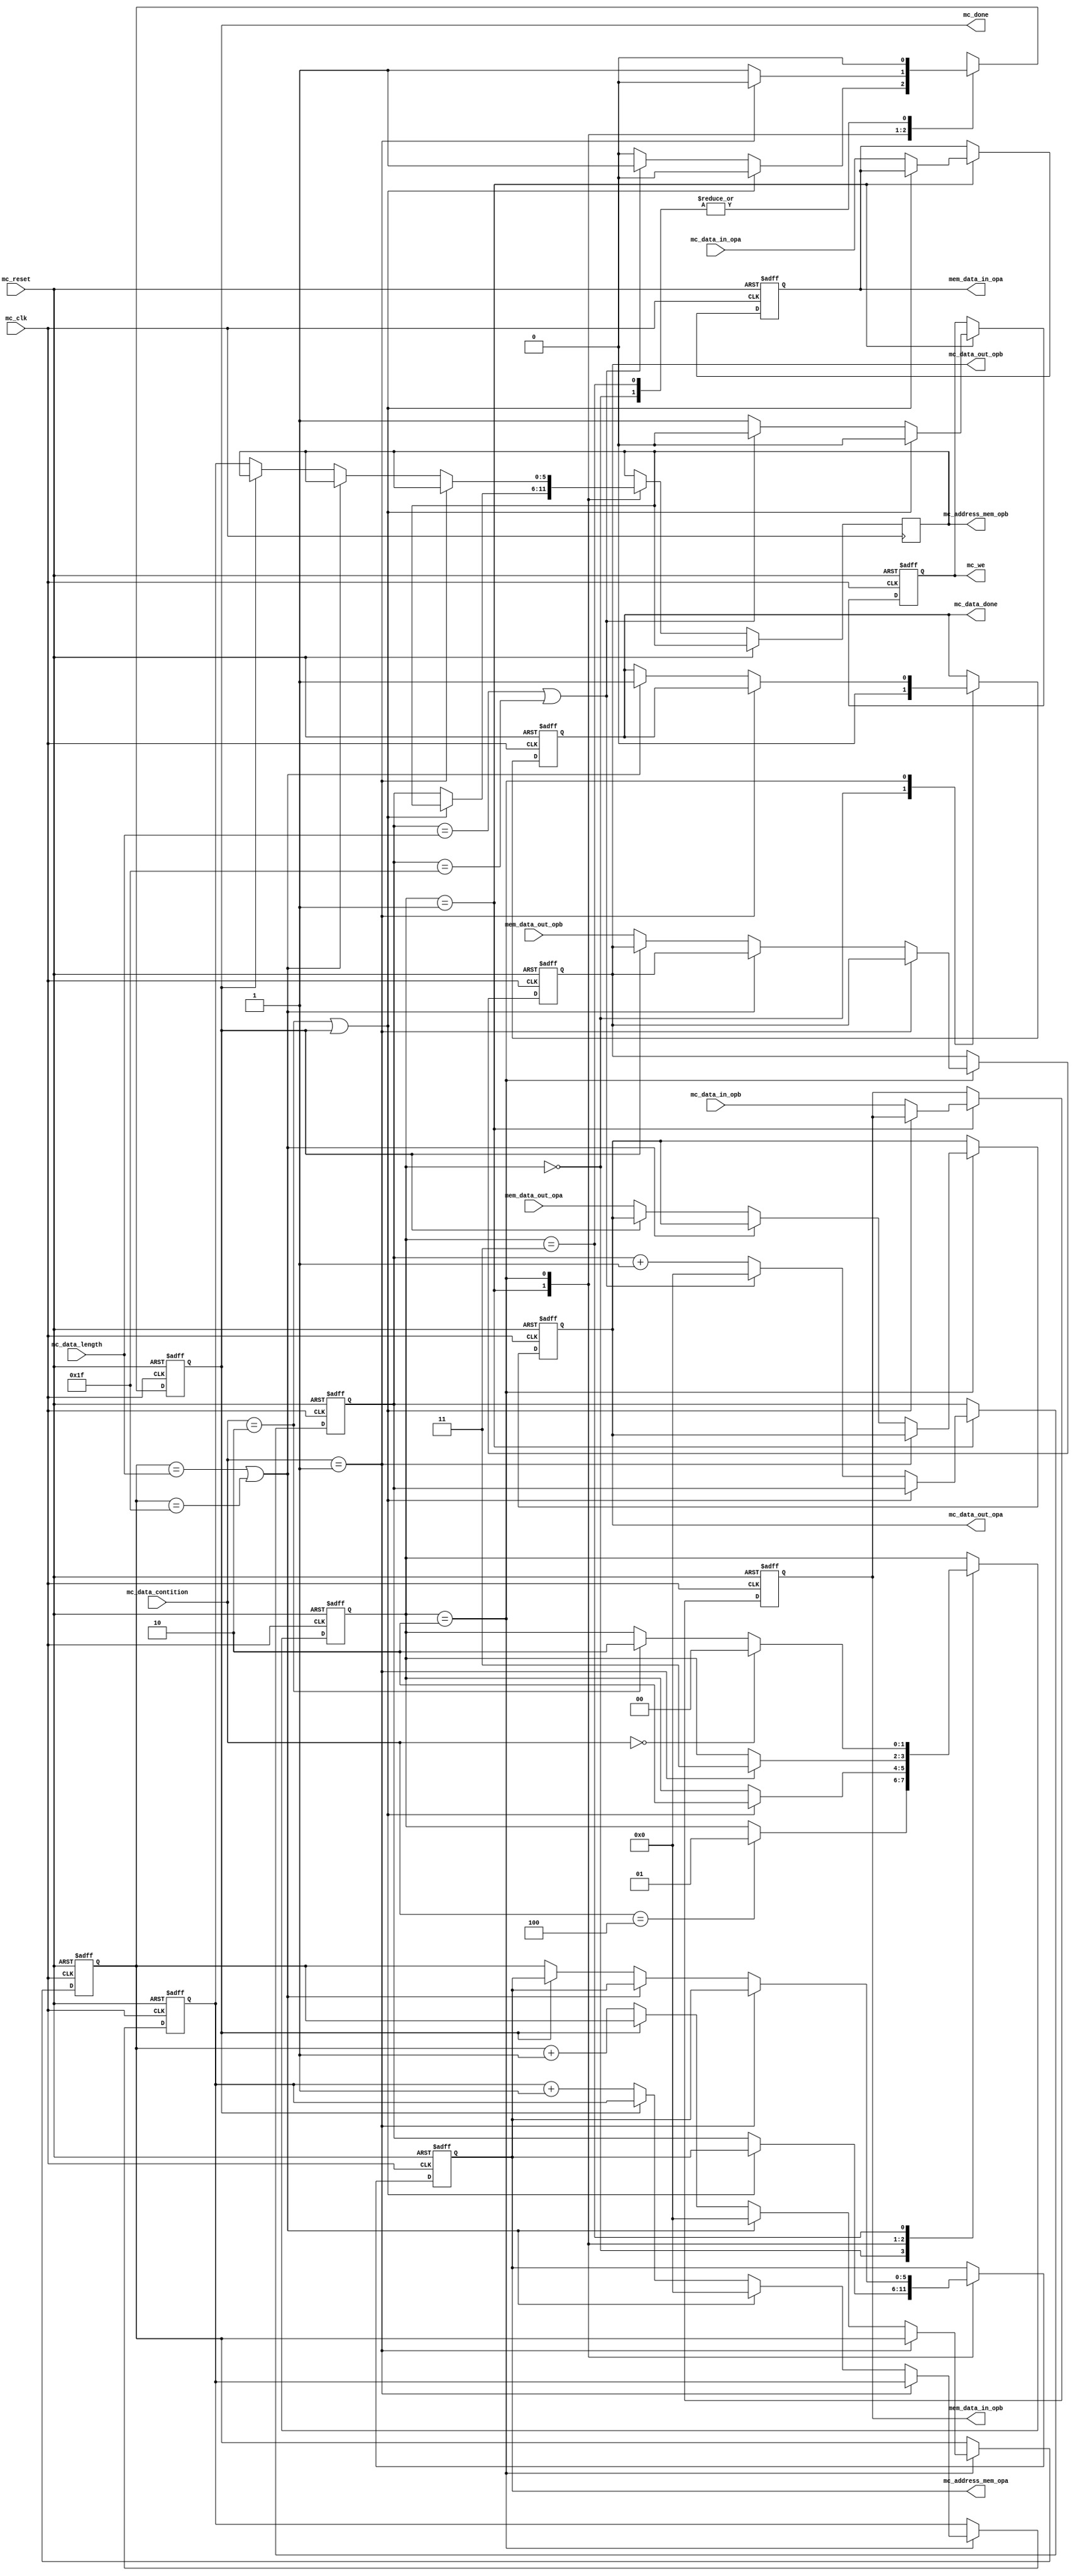
////////////////////////////////////////////////////////////////////////////////////
//Module name: Memory Controller Module
//Descreption: Provides control signals for memory modules 
////////////////////////////////////////////////////////////////////////////////////
`timescale 1ns/10ps
module mem_ctrl(
	mc_clk,
	mc_reset,
	mc_address_mem_opa,
	mc_address_mem_opb,
	mc_data_out_opa,
	mc_data_out_opb,
	mc_data_in_opa,
	mc_data_in_opb,
	mem_data_in_opa,
	mem_data_in_opb,	
	mem_data_out_opa,
	mem_data_out_opb, 
	mc_data_contition,
	mc_data_length,
	mc_done,
	mc_we,
	mc_data_done
);


	input mc_clk, mc_reset;
	input [127:0] mc_data_in_opa, mc_data_in_opb, mem_data_out_opa, mem_data_out_opb;
	input [2:0] mc_data_contition;
	input [5:0] mc_data_length;

	output reg [127:0] mc_data_out_opa, mc_data_out_opb, mem_data_in_opa, mem_data_in_opb;
	output reg [5:0] mc_address_mem_opa, mc_address_mem_opb;
	output reg mc_data_done, mc_we;
	output reg mc_done;

	reg [1:0] mc_state;
	
	reg [5:0] ram_to_reg_address_opa, ram_to_reg_address_opb, ram_address;

	//Memory module to be instansiated at top level as per archiecture 

	//State definition 
	//Idle state - waiting for input
	parameter IDLE = 2'b00;
	//Store data state - Data has arrived to the Memory controller and it has to store it
	parameter STORE_DATA = 2'b01;
	//Transfer data state - Data is in memory and has to be transfered to the memory comtroller 
	parameter TRANS_DATA = 2'b10;
	//Prossessing data state - Memory controller waits for the appropriate signal in oder to send the next data 
	parameter PROCCESING = 2'b11;
	
	parameter REGISTER_LENGTH = 1'b1;
	parameter MEM_LENGTH = 5'b11111;


	always @(posedge mc_clk or posedge mc_reset) begin
		if (mc_reset) begin
			mem_data_in_opa <= 'b0;
			mem_data_in_opb <= 'b0;

			mc_address_mem_opa <= 'b0;
			mc_we <= 1'b0;
			ram_address <= 'b0;
			mc_state <= IDLE;
			mc_done <= 1'b0;

			mc_address_mem_opa <= 'b0;
			mc_data_done <= 1'b0;
			mc_data_out_opa <= 'b0;
			mc_data_out_opb <= 'b0;
			ram_to_reg_address_opa <= 'b0;
			ram_to_reg_address_opb <= 'b0;
		end else begin
			case (mc_state)
				/*Waits for the core control to send an appropriate signal that there are 
					data in the MC module input */
				IDLE:
				begin
					mc_data_done <= 1'b0;
					mc_done <= 1'b0;
					if (mc_data_contition == 3'b100) begin
						mc_data_done <= 1'b0;
						mc_state <= STORE_DATA;  
					end
				end
				/*The data are transfered from the input to ram modules. Two inputs are used 
					for operants a and b. When the transfer is complete the memory controller 
					sends a done signal*/
				STORE_DATA:
				begin
					/*Go to the next state when the transfer is compllete. Should the core control unit 
						for any reason want to halt the oporation of the module then it sends the 010 data 
						contition signal*/
					if ((mc_data_contition == 3'b010) || (mc_done)) begin
						mc_done <= 1'b0;
						mc_we <= 1'b0;
						mc_state <= TRANS_DATA;
					end else begin 
						mc_done <= 1'b0;
						mc_we <= 1'b1;
						mc_address_mem_opa <= ram_address;
						mc_address_mem_opb <= ram_address;
						mem_data_in_opa <= mc_data_in_opa;
						mem_data_in_opb <= mc_data_in_opb;
						ram_address <= ram_address + 1'b1;
						if ((ram_address == mc_data_length) || (ram_address == MEM_LENGTH)) begin
							mc_done <= 1'b1;
							mc_we <= 1'b0;
							ram_address <= 'b0;
						end
					end
					
				end
				/*In this state we have all the data in ram and we want to start feeding the prosesing units registers,
					this is achived throug the use of two ports for the data , one for operant a and one for operant b.
					different proccesing units data is stored in succetion */
				TRANS_DATA:
				begin
					if (mc_data_contition == 3'b001) begin 
						mc_done <= 1'b0;
						mc_state <= PROCCESING;
					end else begin
						if ((ram_to_reg_address_opa == mc_data_length) || (ram_to_reg_address_opa == MEM_LENGTH)) begin
							mc_data_done <= 1'b1;
							mc_done <= 1'b1;
							ram_to_reg_address_opa <= 'b0;
							ram_to_reg_address_opb <= 'b0;
						end else begin
							//mc_done <= 1'b0;
							//Send the operant opa
							if (!mc_done) begin
								mc_address_mem_opa <= ram_to_reg_address_opa;
								mc_data_out_opa <= mem_data_out_opa;
								mc_address_mem_opb <= ram_to_reg_address_opb;
								mc_data_out_opb <= mem_data_out_opb;
							//Send the operant opb

								ram_to_reg_address_opa <= ram_to_reg_address_opa + 1'b1;
								ram_to_reg_address_opb <= ram_to_reg_address_opb + 1'b1;
							end
							mc_done <= 1'b1;
						end
					end
				end
				/*Wait for the proccessing to be completed in order to either send the next data by
					going to the TRANS_DATA state or by finishing the prossesing altogether and going to the 
					IDLE state*/
				PROCCESING:
				begin
					mc_done <= 1'b0;
					if (mc_data_contition == 3'b000) begin
						mc_state <= IDLE;
					end else begin
						if (mc_data_contition == 3'b010) begin
							mc_state <= TRANS_DATA;
						end
					end
				end
				default: 
				begin
				end
			endcase
		end
	end	


endmodule // mem_ctrl